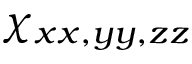
\chi _ { x x , y y , z z }